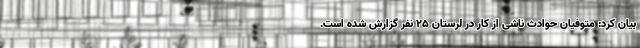
بیان کرد: متوفیان حوادث ناشی از کار در لرستان ۲۵ نفر گزارش شده است.